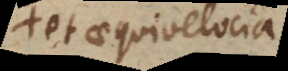
et aequivelocia